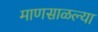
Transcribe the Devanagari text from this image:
माणसाळल्या